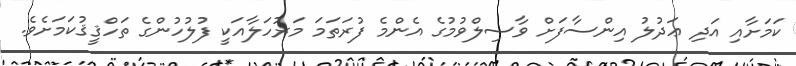
ކަމަށާއި އަދި ޢަދުލު އިންސާފަށް ވާސިލްވުމުގެ އެންމެ ފުރަތަމަ މަރުހަލާއަކީ ފުލުހުންގެ ތަހްޤީޤުކަމަށެވެ.